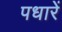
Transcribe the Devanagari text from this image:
पधारें